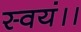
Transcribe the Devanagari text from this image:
स्वयं।।